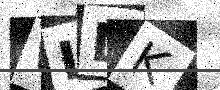
Text: WLLK